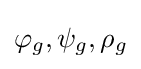
\varphi _{g},\psi _{g},\rho _{g}